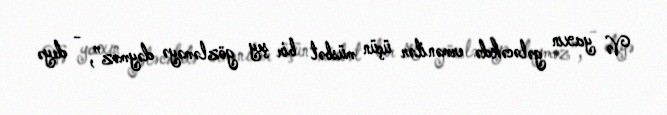
Və yaxın gələcəkdə ermənilər üçün müsbət bir şey gözləməyə dəyməz”, - deyə